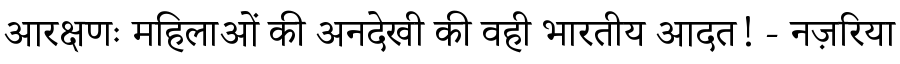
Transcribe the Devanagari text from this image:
आरक्षणः महिलाओं की अनदेखी की वही भारतीय आदत! - नज़रिया